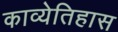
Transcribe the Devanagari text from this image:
काव्येतिहास